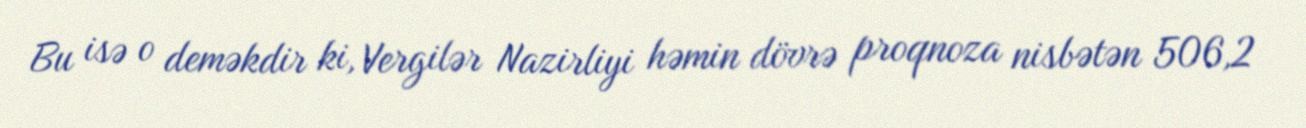
Bu isə o deməkdir ki, Vergilər Nazirliyi həmin dövrə proqnoza nisbətən 506,2